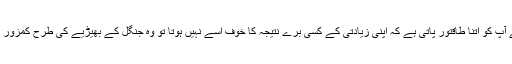
ایک قوم یا ایک سلطنت بھی جب اپنے آپ کو اتنا طاقتور پاتی ہے کہ اپنی زیادتی کے کسی برے نتیجہ کا خوف اسے نہیں ہوتا تو وہ جنگل کے بھیڑیے کی طرح کمزور بکریوں کو پھاڑنا شروع کردیتی ہے۔